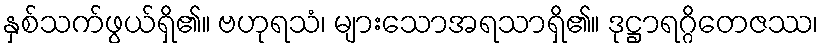
နှစ်သက်ဖွယ်ရှိ၏။ ဗဟုရသံ၊ များသောအရသာရှိ၏။ ဒုဋ္ဌာရဂ္ဂိတေဇဿ၊